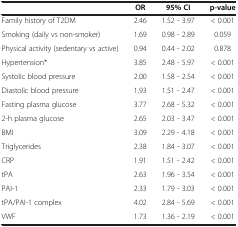
<table><thead><tr><td><b> </b></td><td><b>OR</b></td><td><b>95% CI</b></td><td><b>p-value</b></td></tr></thead><tbody><tr><td>Family history of T2DM</td><td>2.46</td><td>1.52 - 3.97</td><td>&lt; 0.001</td></tr><tr><td>Smoking (daily vs non-smoker)</td><td>1.69</td><td>0.98 - 2.89</td><td>0.059</td></tr><tr><td>Physical activity (sedentary vs active)</td><td>0.94</td><td>0.44 - 2.02</td><td>0.878</td></tr><tr><td>Hypertension*</td><td>3.85</td><td>2.48 - 5.97</td><td>&lt; 0.001</td></tr><tr><td>Systolic blood pressure</td><td>2.00</td><td>1.58 - 2.54</td><td>&lt; 0.001</td></tr><tr><td>Diastolic blood pressure</td><td>1.93</td><td>1.51 - 2.47</td><td>&lt; 0.001</td></tr><tr><td>Fasting plasma glucose</td><td>3.77</td><td>2.68 - 5.32</td><td>&lt; 0.001</td></tr><tr><td>2-h plasma glucose</td><td>2.65</td><td>2.03 - 3.47</td><td>&lt; 0.001</td></tr><tr><td>BMI</td><td>3.09</td><td>2.29 - 4.18</td><td>&lt; 0.001</td></tr><tr><td>Triglycerides</td><td>2.38</td><td>1.84 - 3.07</td><td>&lt; 0.001</td></tr><tr><td>CRP</td><td>1.91</td><td>1.51 - 2.42</td><td>&lt; 0.001</td></tr><tr><td>tPA</td><td>2.63</td><td>1.96 - 3.54</td><td>&lt; 0.001</td></tr><tr><td>PAI-1</td><td>2.33</td><td>1.79 - 3.03</td><td>&lt; 0.001</td></tr><tr><td>tPA/PAI-1 complex</td><td>4.02</td><td>2.84 - 5.69</td><td>&lt; 0.001</td></tr><tr><td>VWF</td><td>1.73</td><td>1.36 - 2.19</td><td>&lt; 0.001</td></tr></tbody></table>